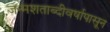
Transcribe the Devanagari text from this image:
जन्मशताब्दीवर्षापासून